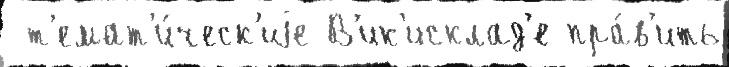
 т'емат'и́ческ'иjе В'ик'исклад'е пра́в'ить